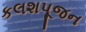
કલશપૂજન